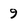
Character: 9